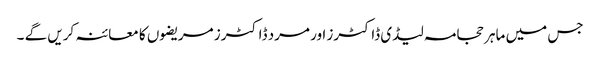
جس میں ماہر حجامہ لیڈی ڈاکٹرز اور مرد ڈاکٹرز مریضوں کا معائنہ کریں گے ۔